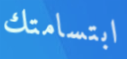
ابتسامتك